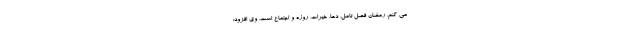
می کنم. رمضان فصل تامل، دعا، خیرات، روزه و اجتماع است. وی افزود: